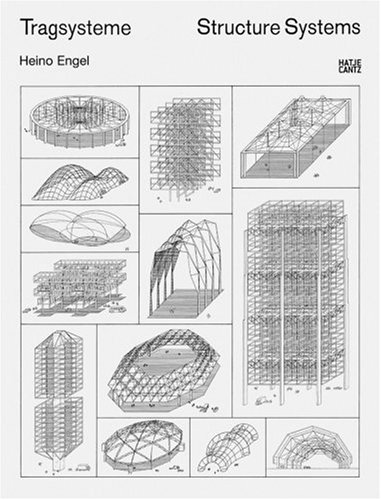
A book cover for Structure Systems; Arts & Photography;